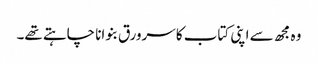
وہ مجھ سے اپنی کتاب کا سرورق بنوانا چاہتے تھے۔